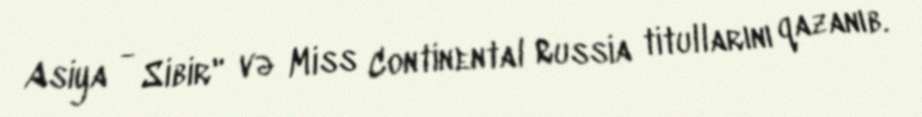
Asiya - Sibir" və Miss Continental Russia titullarını qazanıb.